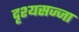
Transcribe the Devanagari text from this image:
दृश्यसज्जा